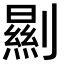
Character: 𠠁